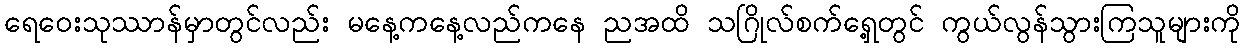
ရေဝေးသုဿာန်မှာတွင်လည်း မနေ့ကနေ့လည်ကနေ ညအထိ သဂြိုလ်စက်ရှေ့တွင် ကွယ်လွန်သွားကြသူများကို